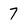
Character: 7